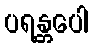
ပရန္တပေါ